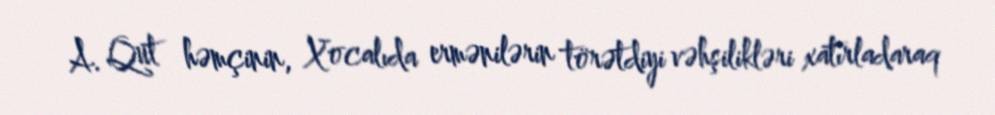
A. Qut həmçinin, Xocalıda ermənilərin törətdiyi vəhşilikləri xatırladaraq